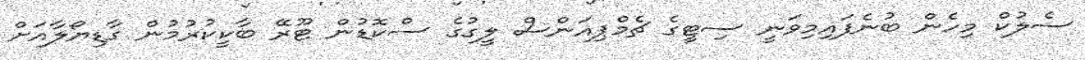
ސެލުކް މިހެން ބުނެފައިމިވަނީ ސިޓީގެ ޗެމްޕިއަންސް ލީގުގެ ސްކޮޑުން ޓޫރޭ ބާކީކުރުމުން ގާޑިޔޯލާއަށް